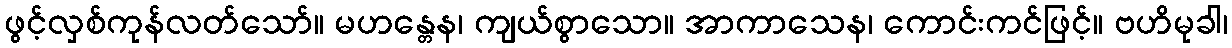
ဖွင့်လှစ်ကုန်လတ်သော်။ မဟန္တေန၊ ကျယ်စွာသော။ အာကာသေန၊ ကောင်းကင်ဖြင့်။ ဗဟိမုခါ၊